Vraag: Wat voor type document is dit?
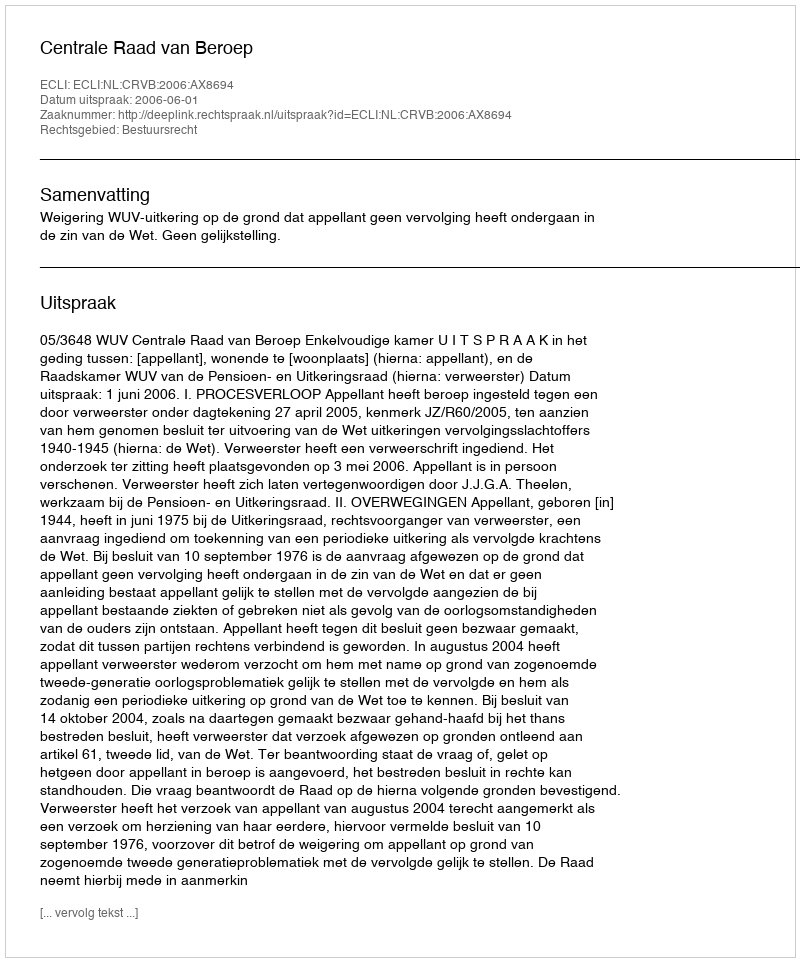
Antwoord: Uitspraak